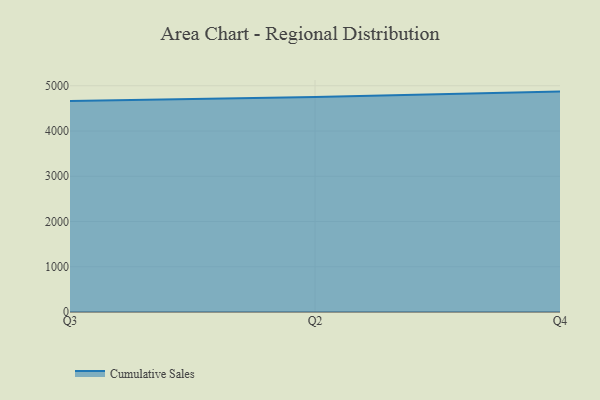
{"axis": {"x": "Quarter", "y": "Website Visitors"}, "legend": ["Cumulative Sales"], "data": [{"x": "Q3", "y": 4663.8, "type": "Cumulative Sales"}, {"x": "Q2", "y": 4753.8, "type": "Cumulative Sales"}, {"x": "Q4", "y": 4870.7, "type": "Cumulative Sales"}]}